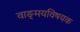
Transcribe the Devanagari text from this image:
वाङ्‌मयविषयक